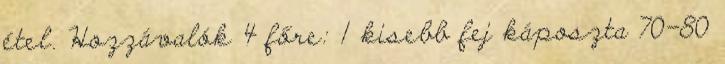
étel. Hozzávalók 4 főre: 1 kisebb fej káposzta 70-80